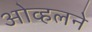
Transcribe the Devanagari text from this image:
ओव्हलने